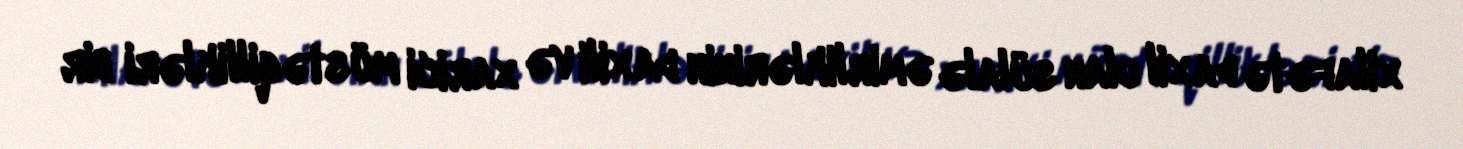
xilafətə daxil olan sülalə əmirliklərinin daxili və xarici müstəqillikləri bir